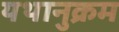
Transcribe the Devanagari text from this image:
यथानुक्रम